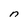
Character: n